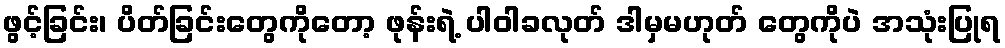
ဖွင့်ခြင်း၊ ပိတ်ခြင်းတွေကိုတော့ ဖုန်းရဲ့ ပါဝါခလုတ် ဒါမှမဟုတ် တွေကိုပဲ အသုံးပြုရ